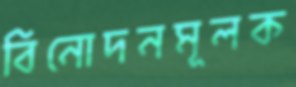
বিনোদনমূলক